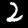
Digit: 2